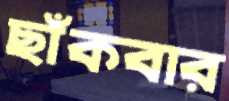
ছাঁকবার